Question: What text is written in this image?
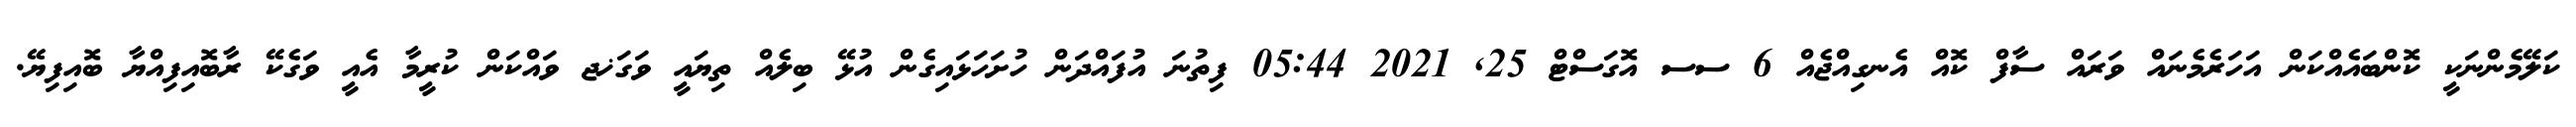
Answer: ކަލޭމެންނަކީ ކޮންބައެއްކަން އަހަރެމެނައް ވަރައް ސާފް ކޮއް އެނގިއްޖެއް 6 ސސ އޮގަސްޓް 25, 2021 05:44 ފިތުނަ އުފައްދަން ހުށަހަޅައިގެން އުޅޭ ބިލެއް ތިޔައީ ވަގަޚޖ ވައްކަން ކުރީމާ އެއީ ވަގެކޭ ރާބޮއިފިއްޔާ ބޮއިފިޔޭ.